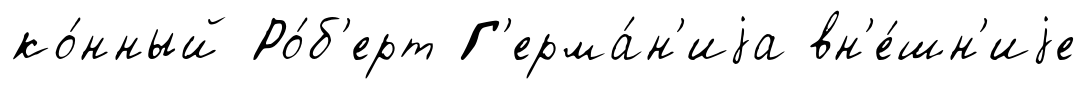
ко́нный Ро́б'ерт Г'ерма́н'иjа вн'е́шн'иjе